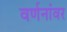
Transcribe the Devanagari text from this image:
वर्णनांवर